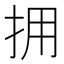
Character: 拥